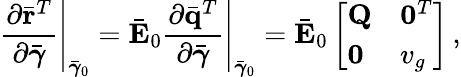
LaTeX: \left.\frac{\partial\bar{\mathbf r}^{T}}{\partial\bar{\boldsymbol{\gamma}}}\right|_{\bar{\boldsymbol{\gamma}}_{0}}=\bar{\mathbf E}_{0}\left.\frac{\partial\bar{\mathbf q}^{T}}{\partial\bar{\boldsymbol{\gamma}}}\right|_{\bar{\boldsymbol{\gamma}}_{0}}=\bar{\mathbf E}_{0}\left[\begin{array}{ll}{{\mathbf Q}}&{{\mathbf 0}^{T}}\\ {{\mathbf 0}}&{v_{g}}\end{array}\right]\, ,